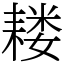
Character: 耧